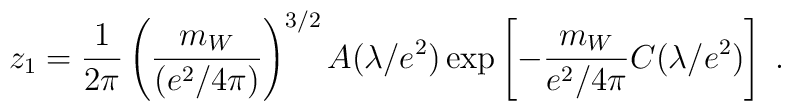
z_1={1\over2\pi}\left({m_W\over (e^2/4\pi)}\right)^{3/2} A(\lambda/e^2)\exp\left[-{m_W\over e^2/4\pi}C(\lambda/e^2)\right]\;.